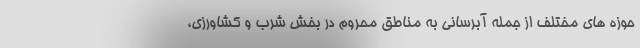
حوزه های مختلف از جمله آبرسانی به مناطق محروم در بخش شرب و کشاورزی،